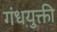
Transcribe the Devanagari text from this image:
गंधयुक्ती